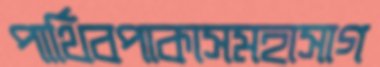
পার্থিবপাকাসমহাসাগ